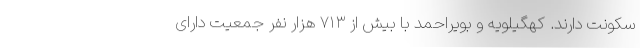
سکونت دارند. کهگیلویه و بویراحمد با بیش از ۷۱۳ هزار نفر جمعیت دارای